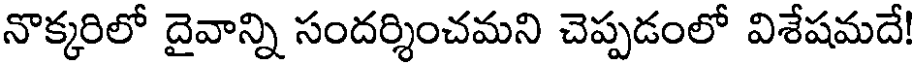
నొక్కరిలో దైవాన్ని సందర్శించమని చెప్పడంలో విశేషమదే